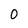
Character: O